Annual administration report of the Civil Veterinary Department of India - 1898-1899
Year: 1898
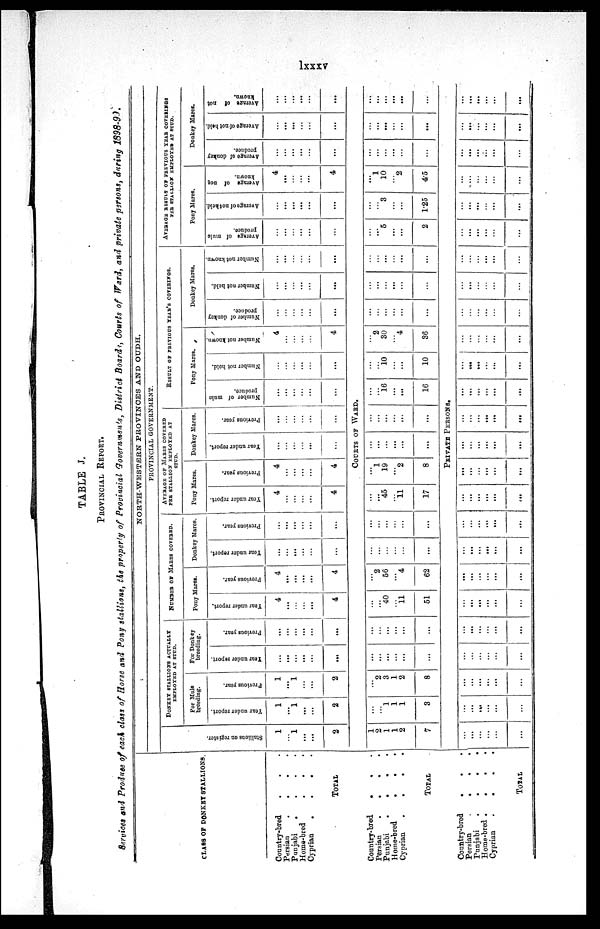
lxxxv
TABLE J.
PROVINCIAL REPORT.
Services and Produce of each class of Horse and Pony stallions, the property of Provincial Governments, District Boards, Courts of Ward, and private persons, during 1898-99.
CLASS OF DONKEY STALLIONS.
Country-bred . . .
Persian
. . . .
Punjabi
.
.
.
.
Home-bred
. . .
Cyprian
.
.
.
.
TOTAL
Country-bred
.
. .
Persian
.
.
.
Punjabi . . . .
Home-bred
.
.
.
Cyprian
.
.
.
.
TOTAL
Country-bred . . .
Persian
.
.
.
Punjabi
.
.
.
.
Home-bred .
.
.
.
Cyprian
.
.
.
.
TOTAL
NORTH-WESTERN PROVINCES AND OUDH.
PROVINCIAL GOVERNMENT.
Stallions on register
1
...
1
...
...
2
DONKEY STALLIONS ACTUALLY
EMPLOYED AT STUD.
For Mule
breeding.
Year under report.
1
...
1
...
...
2
Previous year.
1
...
1
...
...
2
For Donkey
breeding.
Year
under report.
...
...
...
...
...
...
Previous year.
...
...
...
...
...
...
NUMBER OF MARES COVERED.
Pony Mares.
Year
under report.
4
...
...
...
...
4
Previous year.
4
...
...
...
...
4
Donkey Marcs.
Year
under report.
...
...
...
...
...
...
Previous year.
...
...
...
...
...
...
AVERAGE OF MARES COVERED
PER STALLION EMPLOYED AT
STUD.
Pony Mares.
Year under report.
4
...
...
...
...
4
Previous year.
4
...
...
...
...
4
Donkey Mares.
Year under report.
...
...
...
...
...
...
Previous year.
...
...
...
...
...
...
RESULT OF PREVIOUS YEAR'S COVERIGS.
Pony Mares.
Number of mule
produce.
...
...
...
...
...
...
Number not hold.
...
...
...
...
...
...
Number not known.
4
...
...
...
...
4
Donkey Mares.
Number of donkey
produce.
...
...
...
...
...
...
Number not held.
...
...
...
...
...
...
Number not known.
...
...
...
...
...
...
AVERAGE RESULT OF PREVIOUS YEAR COVERINGS
PER STALLION EMPLOYED AT STUD.
Pony Mares.
Average of mule
produce.
...
...
...
...
...
...
Average of not held.
...
...
...
...
...
...
Average of not
known.
4
...
...
...
...
4
Donkey Mares.
Average
of donkey
produce.
...
...
...
...
...
...
Average of not held.
...
...
...
...
...
...
Average of not
known.
...
...
...
...
...
...
COURTS OF WARD.
1
2
1
1
2
7
...
...
1
1
1
3
...
2
3
1
2
8
...
...
...
...
...
...
...
...
...
...
...
...
...
...
40
11
51
...
2
56
...
4
62
...
...
...
...
...
...
...
...
...
...
...
...
......
...
45
...
11
17
...
1
19
...
2
8
...
...
...
...
...
...
...
...
...
...
...
...
...
...
16
...
...
16
...
...
10
...
...
10
...
2
30
...
4
36
...
...
...
...
...
...
...
...
...
...
...
...
...
...
...
...
...
...
...
...
5
...
...
2
...
...
3
...
...
1.25
...
1
10
...
2
4.5
...
...
...
...
...
...
...
...
...
...
...
...
...
...
...
...
...
...
PRIVATE PERSONS.
...
...
...
...
...
...
...
...
...
...
...
...
...
...
...
...
...
...
...
...
...
...
...
...
...
...
...
...
...
...
...
...
...
...
...
...
...
...
...
...
...
...
...
...
...
...
...
...
...
...
...
...
...
...
...
...
...
...
...
...
...
...
...
...
...
...
...
...
...
...
...
...
...
...
...
...
...
...
...
...
...
...
...
...
...
...
...
...
...
...
...
...
...
...
...
...
...
...
...
...
...
...
...
...
...
...
...
...
...
...
...
...
...
...
...
...
...
...
...
...
...
...
...
...
...
...
...
...
...
...
...
...
...
...
...
...
...
...
...
...
...
...
...
...
...
...
...
...
...